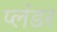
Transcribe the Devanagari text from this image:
प्लंडर